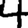
Digit: 4